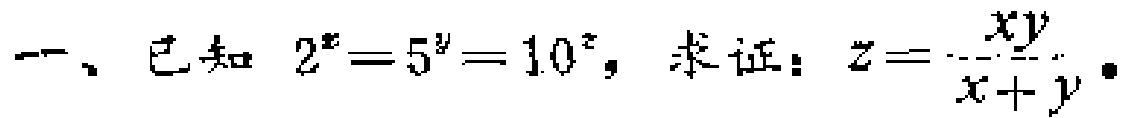
一、已知 \(2^{x}=5^{y}=10^{z}\)，求证：\(z = \frac{xy}{x + y}\)。